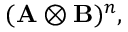
( \mathbf { A } \otimes \mathbf { B } ) ^ { n } ,